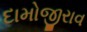
દામોજીરાવ